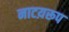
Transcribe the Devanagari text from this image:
नाटय़रूप